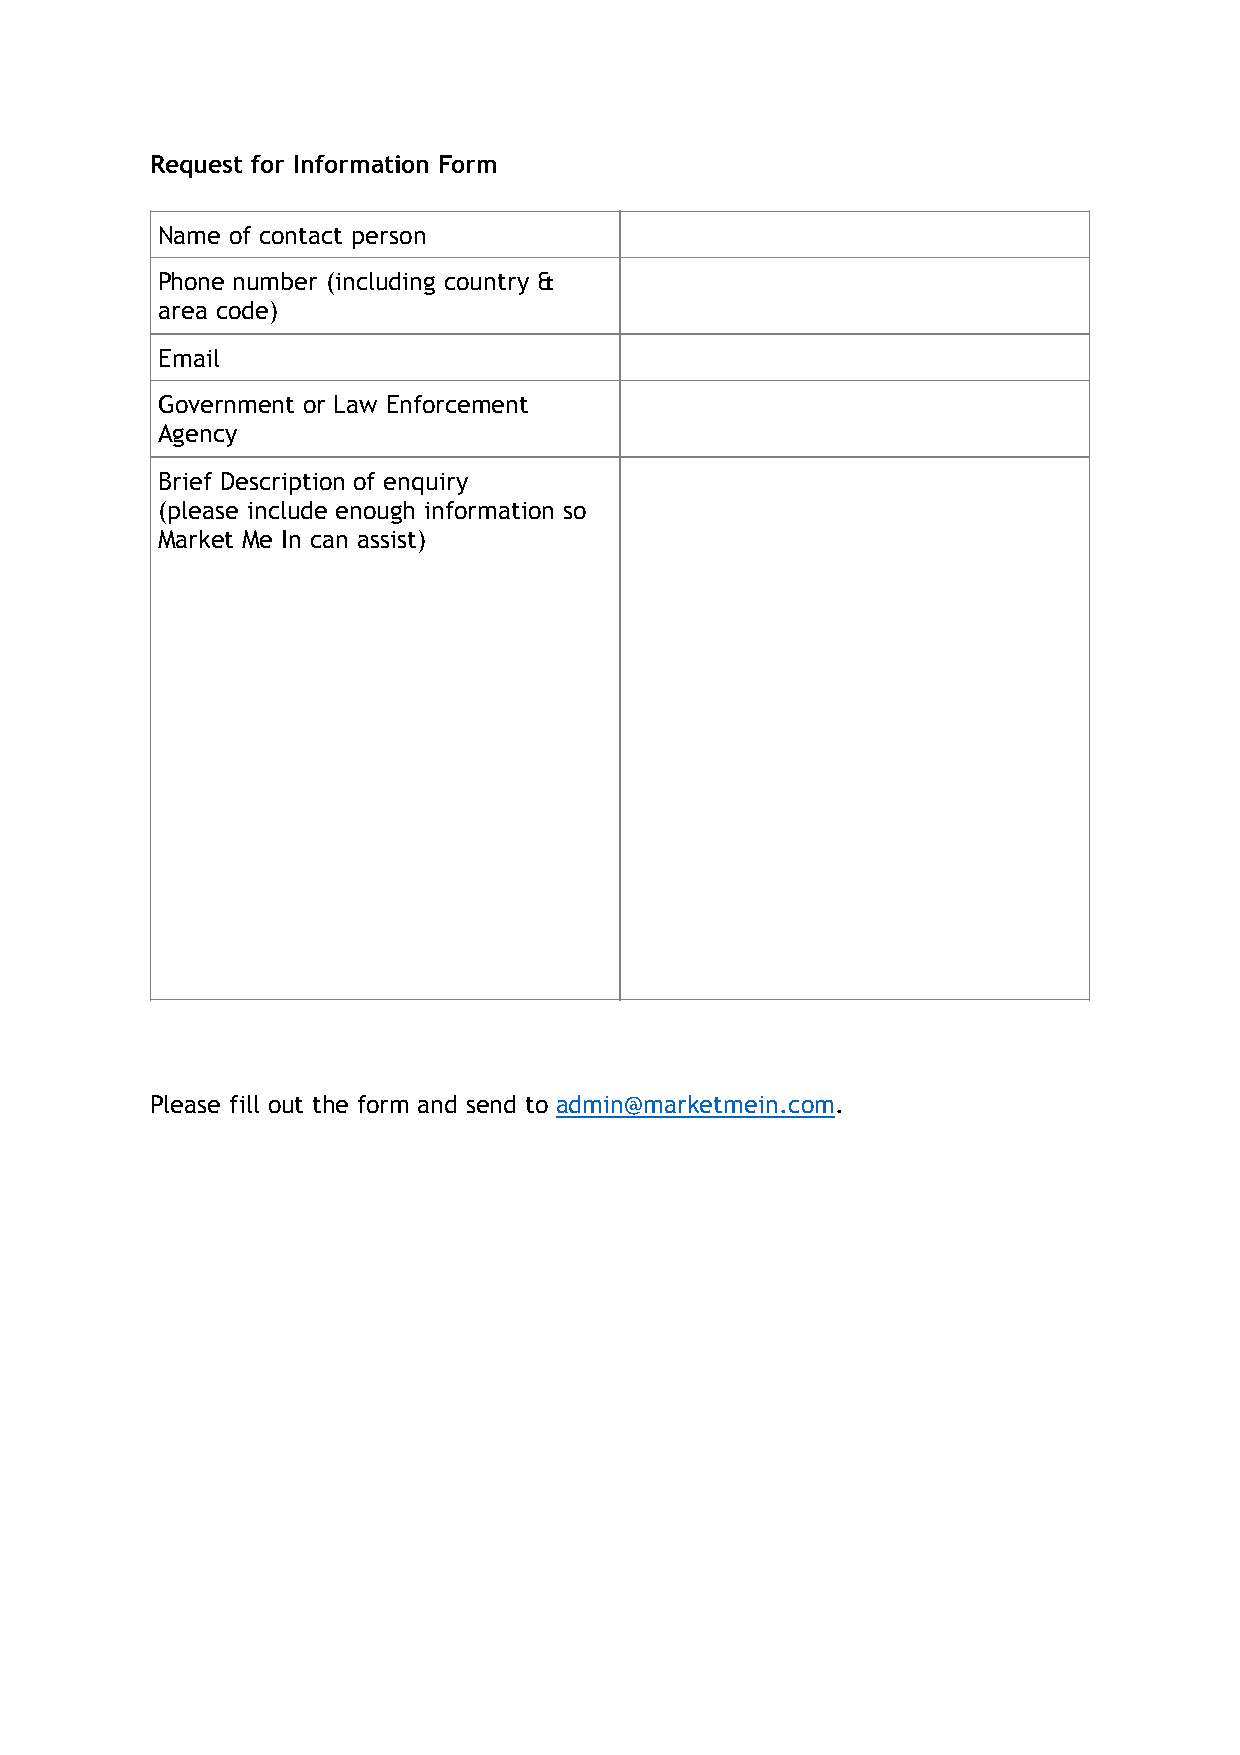
Request for Information Form
 Name of contact person
 Phone number (including country &
 area code)
 Email
 Government or Law Enforcement
 Agency
 Brief Description of enquiry
 (please include enough information so
 Market Me In can assist)
 Please fill out the form and send to admin@marketmein.com.